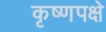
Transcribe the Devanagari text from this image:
कृष्णपक्षे